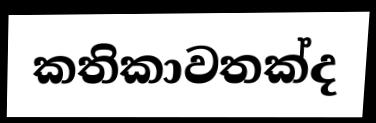
කතිකාවතක්ද